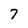
Character: 7